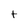
Character: t